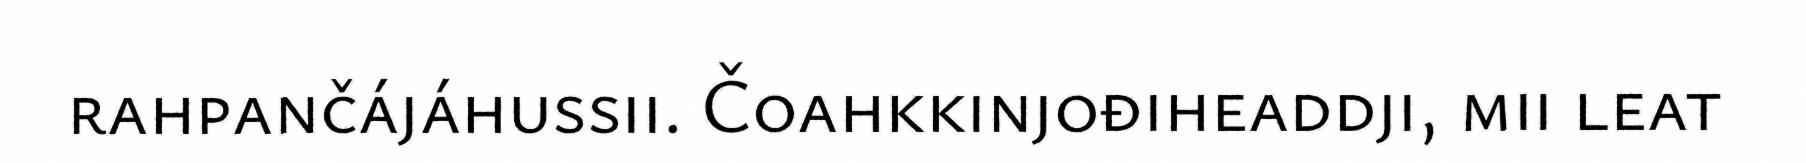
rahpančájáhussii. Čoahkkinjođiheaddji, mii leat